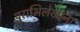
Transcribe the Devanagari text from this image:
पुराभिलेखांना